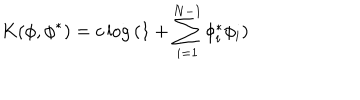
LaTeX: K ( \phi , \phi ^ { * } ) = c \log { ( 1 + \sum _ { i = 1 } ^ { N - 1 } \phi _ { i } ^ { * } \phi _ { i } ) }